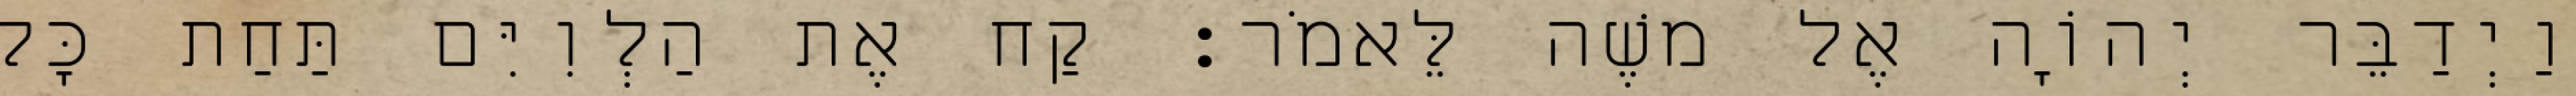
וַיְדַבֵּר יְהוָֹה אֶל משֶׁה לֵּאמֹר׃ קַח אֶת הַלְוִיִּם תַּחַת כָּל